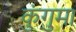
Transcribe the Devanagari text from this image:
कुंगुमा